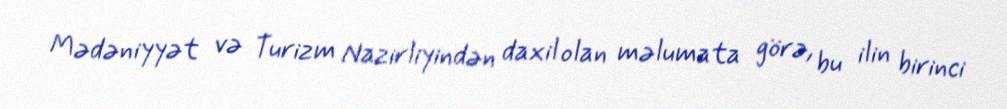
Mədəniyyət və Turizm Nazirliyindən daxil olan məlumata görə, bu ilin birinci